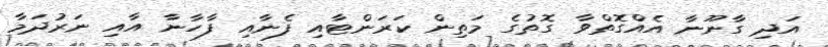
އަދި ގާނޫނާ އެއްގޮތްވާ ގޮތުގެ މަތިން ކަރަންޓާއި ފެނާއި ފާހާނާ އާއި ނަރުދަމާ